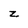
Character: z